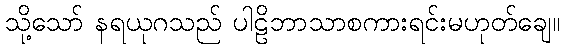
သို့သော် နရယုဂသည် ပါဠိဘာသာစကားရင်းမဟုတ်ချေ။